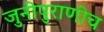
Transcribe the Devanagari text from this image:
जुनीपुराणीच